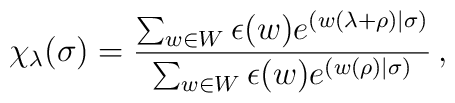
\chi_\lambda(\sigma) =   \frac{\sum_{w\in W} \epsilon(w) e^{(w(\lambda+\rho)|\sigma)}}  {\sum_{w\in W} \epsilon(w) e^{(w(\rho)|\sigma)}} \,,